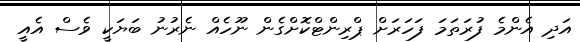
އަދި އެންމެ ފުރަތަމަ ފަހަރަށް ޕްރިންޓްކޮށްގެން ނޫހެއް ނެރުނު ބަޔަކީ ވެސް އެއީ